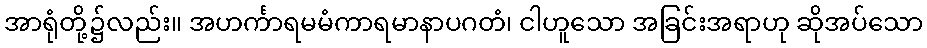
အာရုံတို့၌လည်း။ အဟင်္ကာရမမံကာရမာနာပဂတံ၊ ငါဟူသော အခြင်းအရာဟု ဆိုအပ်သော